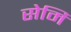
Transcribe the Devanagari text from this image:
सेमि